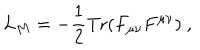
L _ { M } = - \frac { 1 } { 2 } \mathrm { T r } ( F _ { \mu \nu } F ^ { \mu \nu } ) \ ,